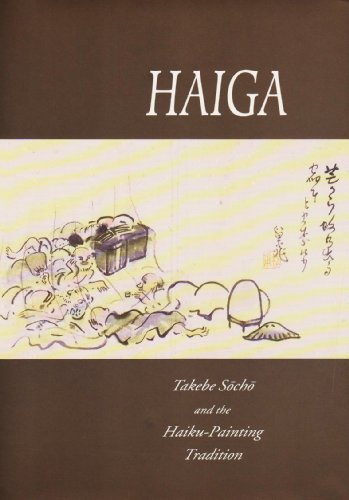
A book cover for Addiss: Haiga: Takebe Socho Pa; Stephen Addiss; Literature & Fiction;